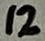
Text: 12